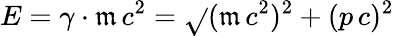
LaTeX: E=\gamma\cdot\mathfrak{m}\, c^{2}=\sqrt{}{{(\mathfrak{m}\, c^{2})^{2}+(p\, c)^{2}\, }}